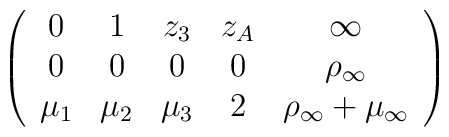
\left (\begin{array}{ccccc}0&1&z_3&z_A&\infty\\0&0&0&0&\rho_\infty\\\mu _1&\mu _2&\mu _3& 2&\rho_\infty+\mu _\infty\end{array}\right )